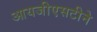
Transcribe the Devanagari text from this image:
आयजीएसटीने